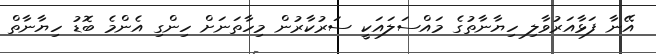
އޭނާ ފަޅާއަރުވާލި ހިޔާނާތުގެ މައްސަލައަކީ ސަރުކާރުން މިހާތަނަށް ހިންގި އެންމެ ބޮޑު ހިޔާނާތް